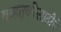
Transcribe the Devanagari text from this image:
वाहतूकीसाठीचे